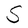
Character: S